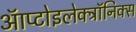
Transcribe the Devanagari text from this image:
ऑप्टोइलेक्ट्रॉनिक्स